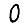
Digit: 0